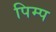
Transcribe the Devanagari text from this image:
पिम्प